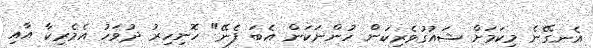
އެނގޭނެ މިކަމަށް ޝައުގުވެރިކަން ހުންނަކަން އެބަ ފެނޭ" ހޮނިހިރު ދުވަހު އެމެރިކާ އާއި